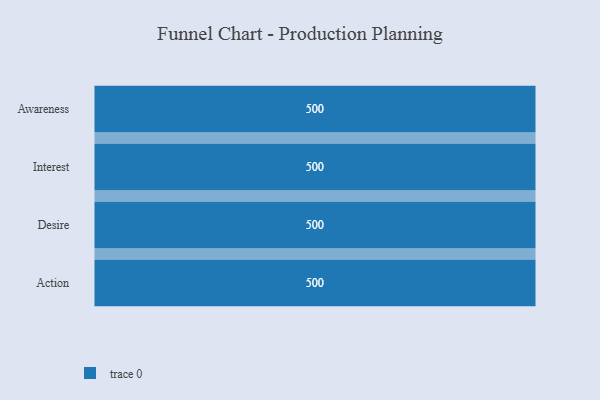
{"axis": {"x": "Stage", "y": "Value"}, "legend": [""], "data": [{"x": "Awareness", "y": 500, "type": ""}, {"x": "Interest", "y": 500, "type": ""}, {"x": "Desire", "y": 500, "type": ""}, {"x": "Action", "y": 500, "type": ""}]}